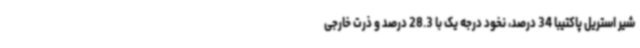
شیر استریل پاکتیبا 34 درصد، نخود درجه یک با 28.3 درصد و ذرت خارجی